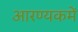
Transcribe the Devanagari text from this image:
आरण्यकमें